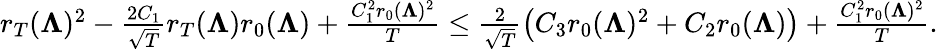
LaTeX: \begin{array}{r}{r_{T}(\boldsymbol{\Lambda})^{2}-\frac{2C_{1}}{\sqrt{T}}r_{T}(\boldsymbol{\Lambda})r_{0}(\boldsymbol{\Lambda})+\frac{C_{1}^{2}r_{0}(\boldsymbol{\Lambda})^{2}}{T}\le\frac{2}{\sqrt{T}}\left(C_{3}r_{0}(\boldsymbol{\Lambda})^{2}+C_{2}r_{0}(\boldsymbol{\Lambda})\right)+\frac{C_{1}^{2}r_{0}(\boldsymbol{\Lambda})^{2}}{T}.}\end{array}